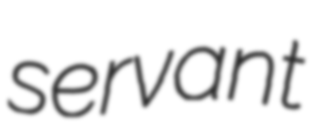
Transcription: servant